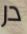
در